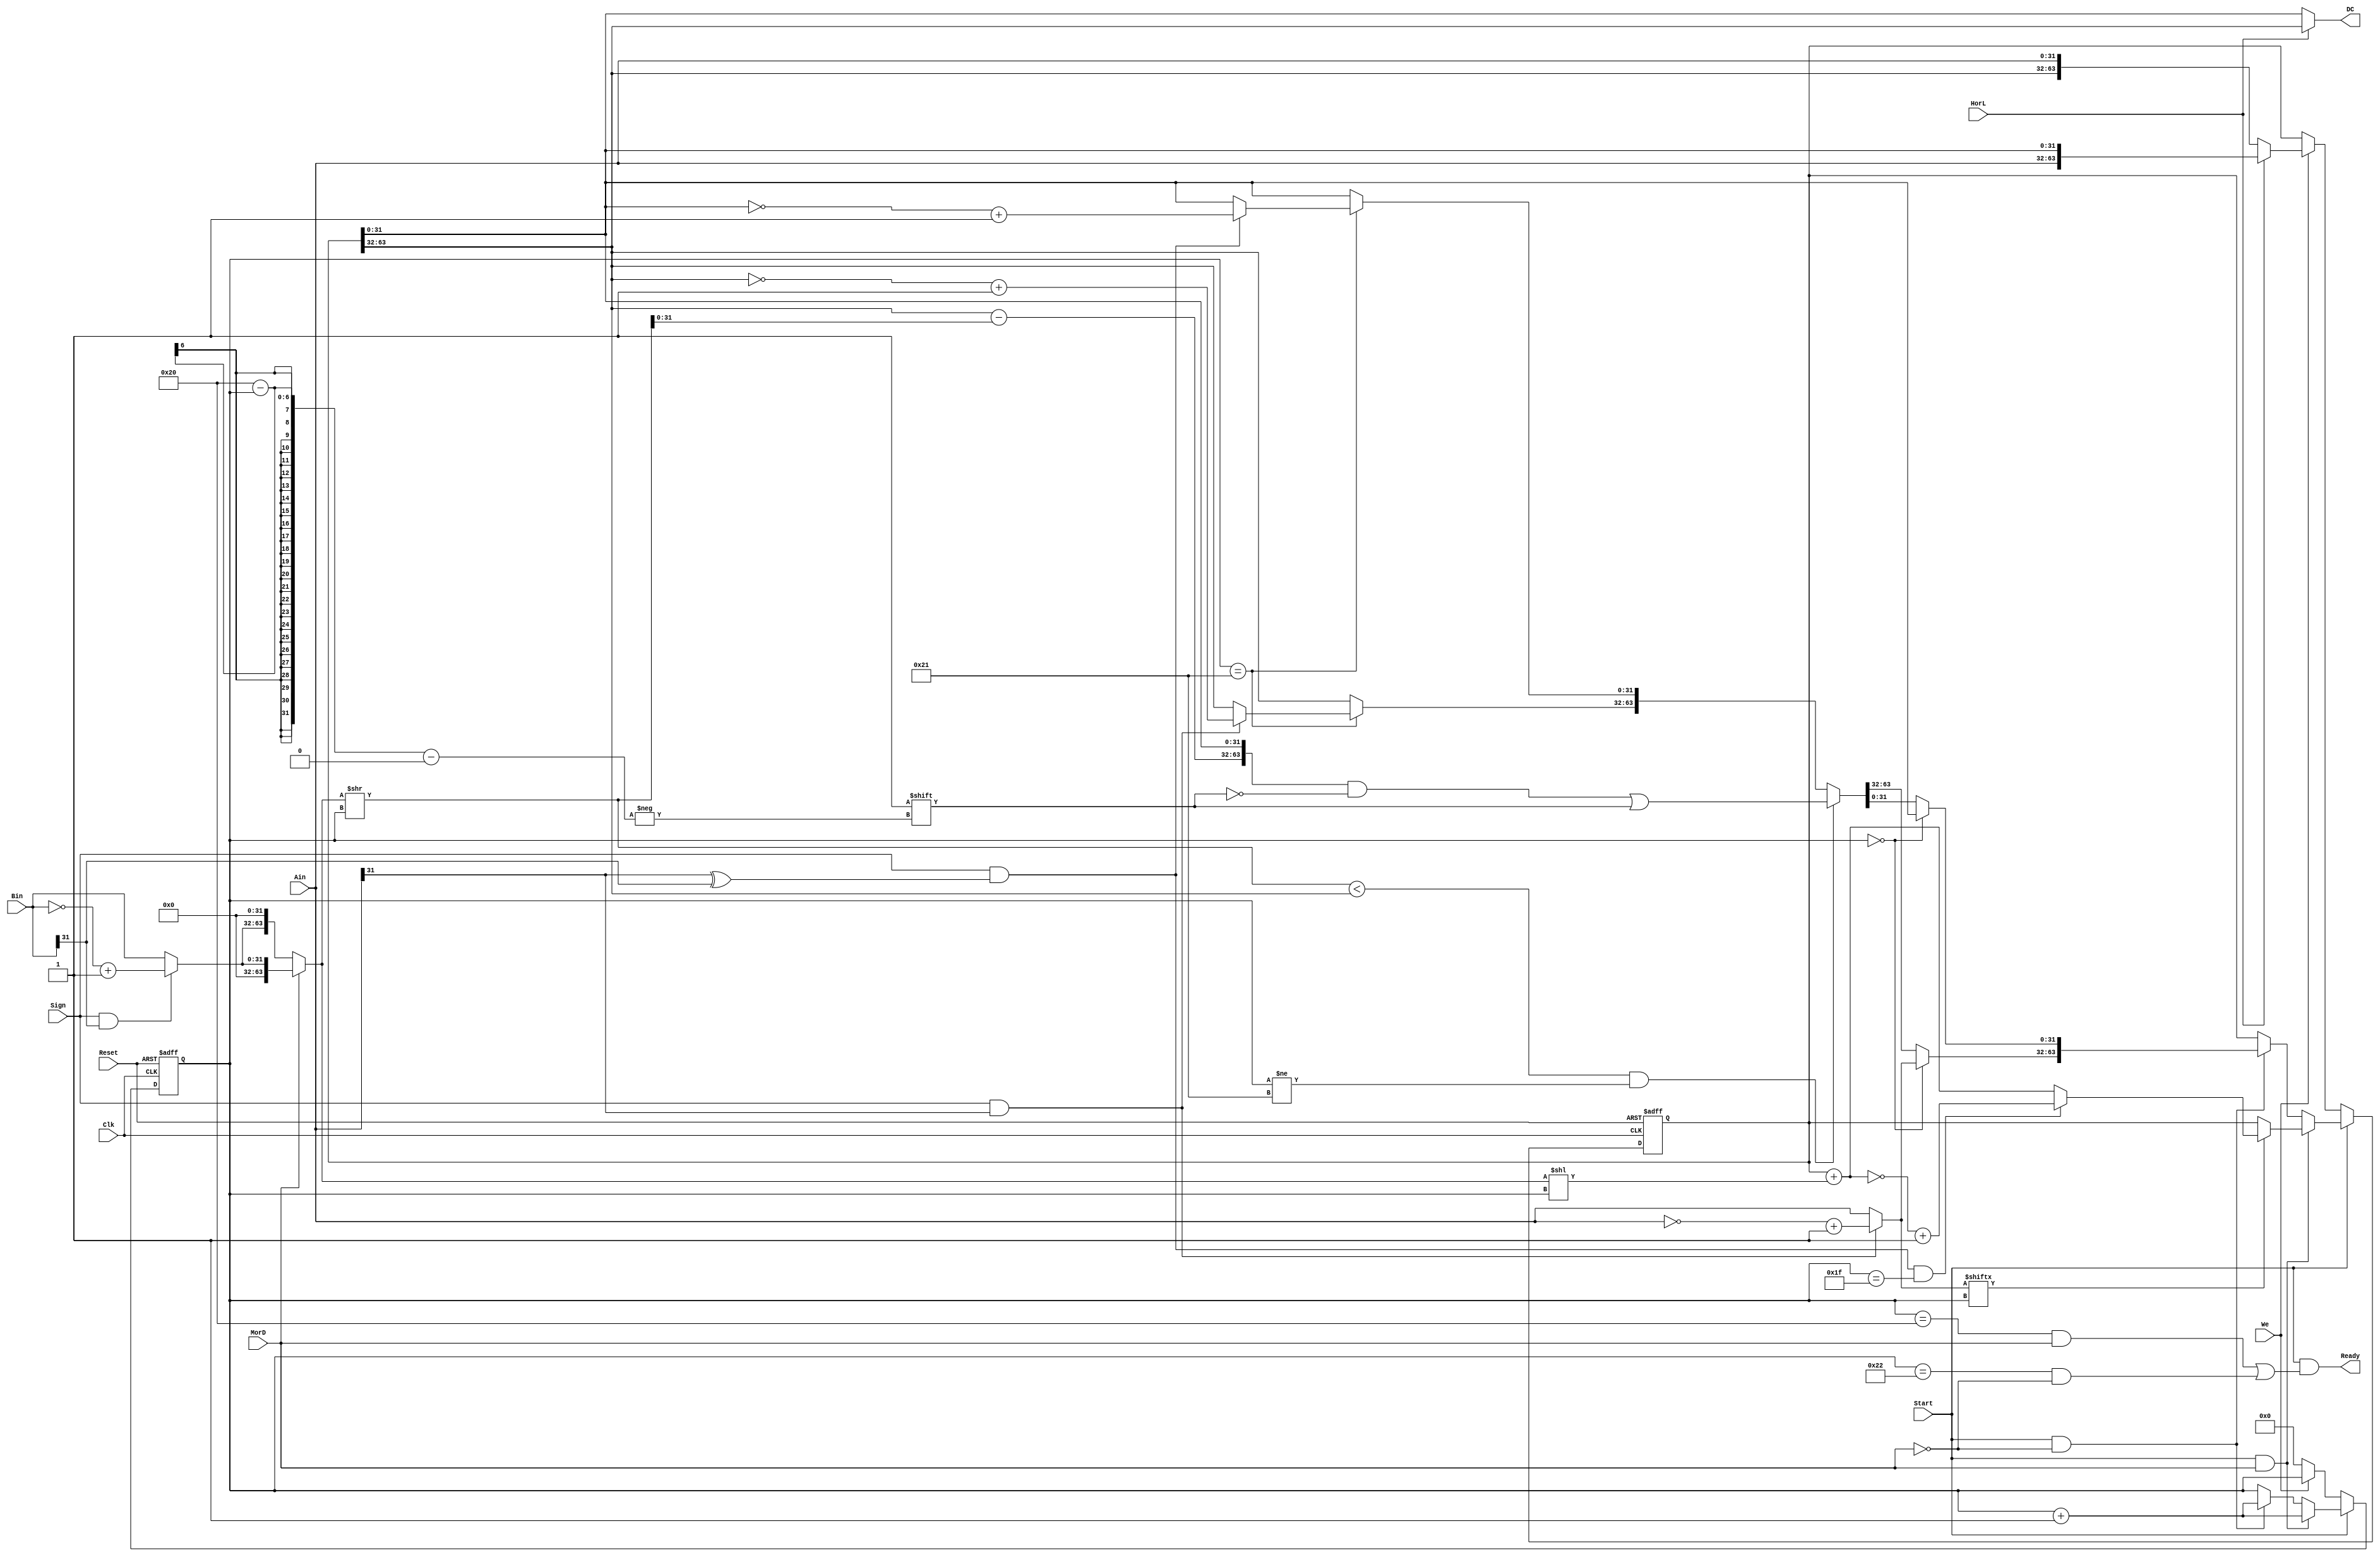
module Coco_MulDiv(
input Clk,Reset,
input[31:0] Ain,Bin,
input Start,MorD,HorL,Sign,We,
output Ready,
output[31:0] DC
);

reg[63:0] HILO;
reg[5:0]  count;
wire[31:0] DA,DB;
wire[63:0] BB;

assign DA=(Sign && Ain[31])? (~Ain)+1:Ain;
assign DB=(Sign && Bin[31])? (~Bin)+1:Bin;

assign DC=(HorL)?HILO[63:32]:HILO[31:0];

assign Ready=(Start && ((count==6'b100000 && MorD)||(count==6'b100010 && ~MorD)));

assign BB=(MorD)?{{32{1'b0}},DB}: {DB,{32{1'b0}}};

always @(posedge Clk,posedge Reset)
if (Reset)
 begin
     count<=6'b0;
     HILO <=64'b0; 
 end
else
if (~Start)
 begin
     if (We) HILO<=(HorL)?{Ain,HILO[31:0]}:{HILO[63:32],Ain};
      else count<=6'b0; 
 end
else
if (Start && MorD)
 begin
   if (DA[count])  
    HILO<=(Sign && (Ain[31] ^ Bin[31]) && count==6'b011111)?~(HILO+(BB << count))+1:HILO+(BB << count);
    count<=count+1;
 end 
else

if (Start && ~MorD)
 begin
   if (count==6'b0) HILO[63:32]<=DA;
   else  
   if ((BB >> count)< HILO[63:32] && count!=6'b100001)  
    begin
     HILO[63:32]<= HILO[63:32]-(BB >> count);
     HILO[32-count]<=1'b1;
    end 
   else
    if (count==6'b100001) 
     begin
     HILO[63:32]<=(Sign && Ain[31])? ~HILO[63:32]+1 :HILO[63:32];
     HILO[31:0] <=(Sign && (Ain[31] ^ Bin[31]))? ~HILO[31:0]+1:HILO[31:0];
     end
   count<=count+1;  
 end 
 
endmodule